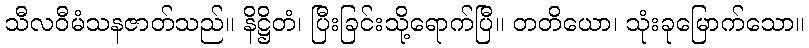
သီလဝီမံသနဇာတ်သည်။ နိဋ္ဌိတံ၊ ပြီးခြင်းသို့ရောက်ပြီ။ တတိယော၊ သုံးခုမြောက်သော။